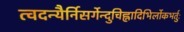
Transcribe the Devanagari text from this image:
त्वदन्यैर्निसर्गेन्दुचिह्नादिभिर्लोकभर्तुः